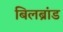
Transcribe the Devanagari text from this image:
बिलब्रांड